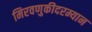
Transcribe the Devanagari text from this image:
मिरवणुकीदरम्यान